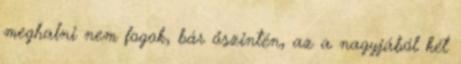
meghalni nem fogok, bár őszintén, az a nagyjából két